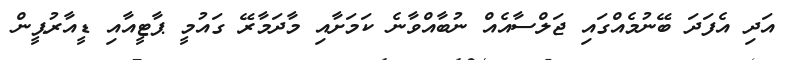
އަދި އެފަދަ ބޭނުމެއްގައި ޖަލްސާއެއް ނުބާއްވާނެ ކަމަށާއި މާދަމާރޭ ގައުމީ ޕާޓީއާއި ޑީއާރުޕީން